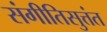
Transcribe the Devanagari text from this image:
संगीतिसुत्तंत